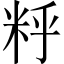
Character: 䉿